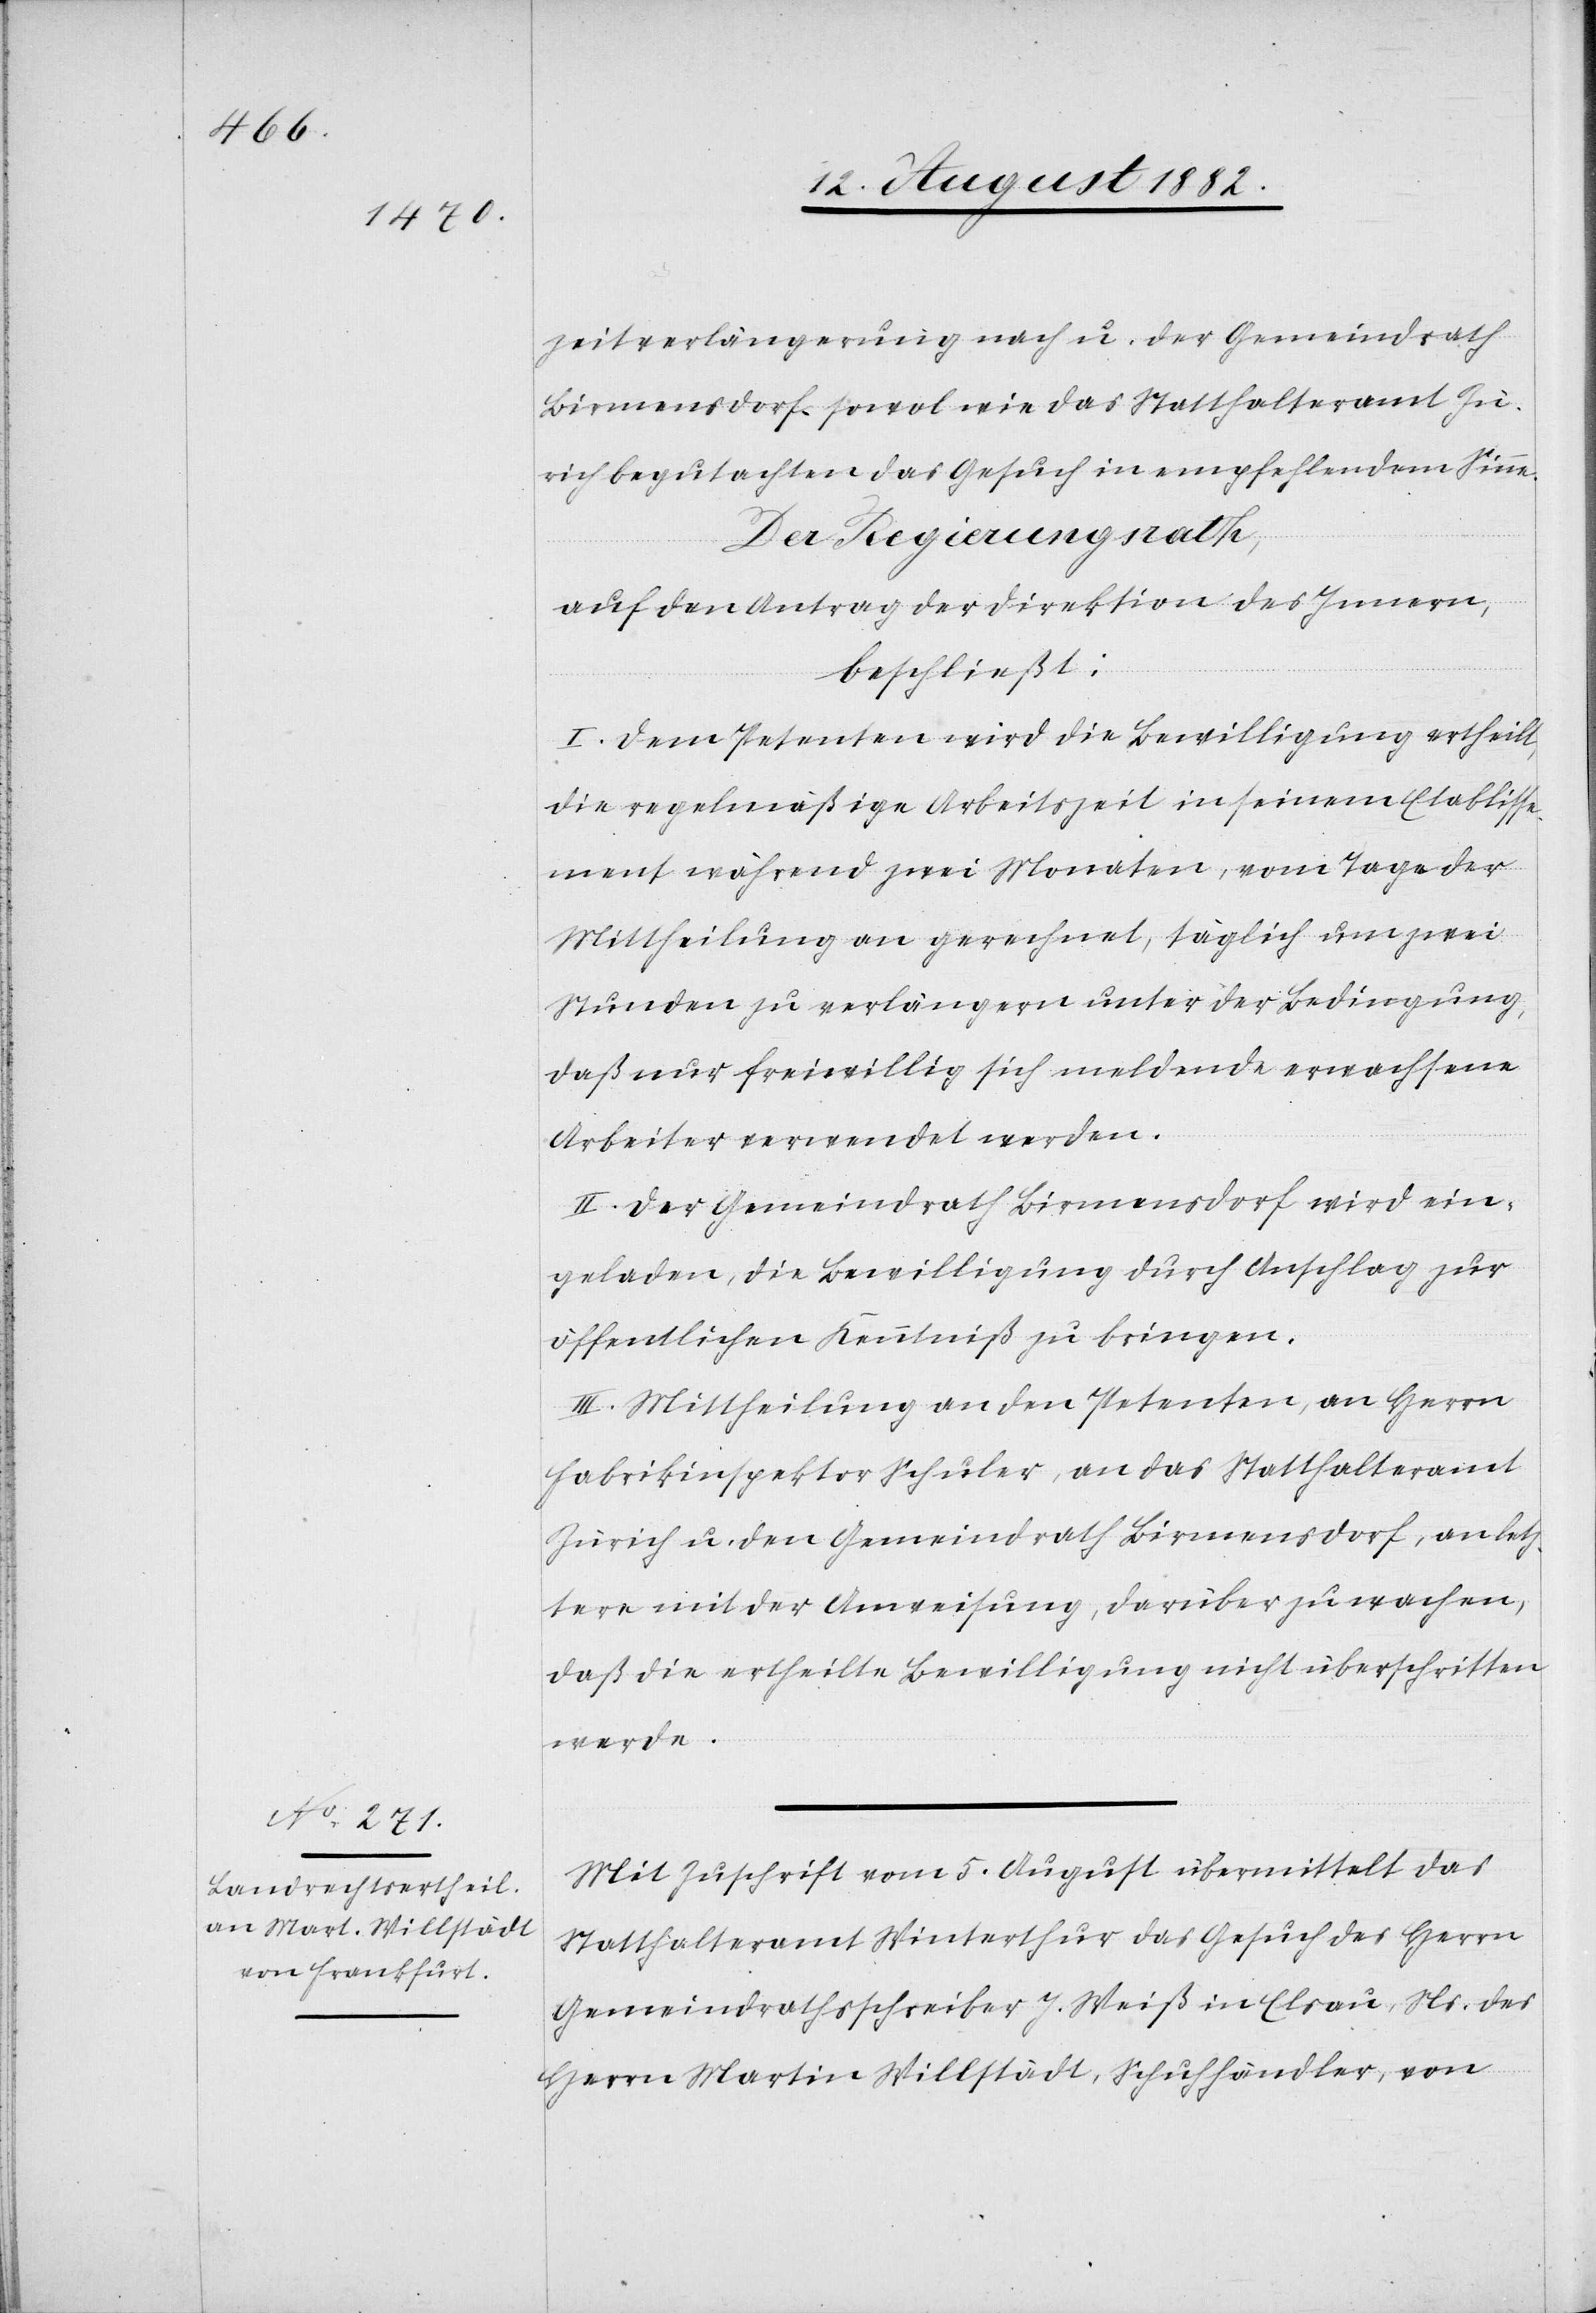
zeitverlängerung nach u. der Gemeindrath
Birmensdorf sowol wie das Statthalteramt Zü¬
rich begutachten das Gesuch in empfehlendem Sinne.
Der Regierungsrath,
auf den Antrag der Direktion des Innern,
beschließt:
I. Dem Petenten wird die Bewilligung ertheilt,
die regelmäßige Arbeitszeit in seinem Etablisse¬
ment während zwei Monaten, vom Tage der
Mittheilung an gerechnet, täglich um zwei
Stunden zu verlängern unter der Bedingung,
daß nur freiwillig sich meldende erwachsene
Arbeiter verwendet werden.
II. Der Gemeindrath Birmensdorf wird ein¬
geladen, die Bewilligung durch Anschlag zur
öffentlichen Kenntniß zu bringen.
III: Mittheilung an den Petenten, an Herrn
Fabrikinspektor Schuler, an das Statthalteramt
Zürich u. den Gemeindrath Birmensdorf, an letz¬
tere mit der Anweisung, darüber zu wachen,
daß die ertheilte Bewilligung nicht überschritten
werde.
Mit Zuschrift vom 5. August übermittelt das
Statthalteramt Winterthur das Gesuch des Herrn
Gemeindrathsschreiber J. Weiß in Elsau, Ns. des
Herrn Martin Willstädt, Schuhhändler, von